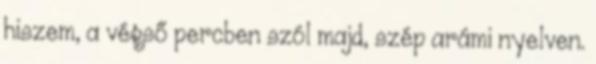
hiszem, a végső percben szól majd, szép arámi nyelven.